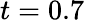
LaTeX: t=0.7